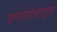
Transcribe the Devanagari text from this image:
प्रणामोष्टाङ्ग